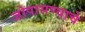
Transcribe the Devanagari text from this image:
जोपासण्याचे